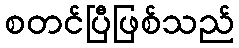
စတင်ပြီဖြစ်သည်